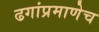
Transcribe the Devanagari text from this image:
ढगांप्रमाणेच